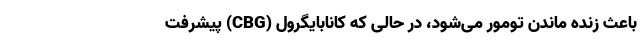
باعث زنده ماندن تومور می‌شود، در حالی که کانابایگرول (CBG) پیشرفت